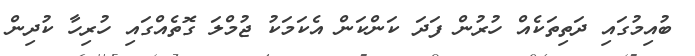
ބުއިމުގައި ދަތިތަކެއް ހުރުން ފަދަ ކަންކަން އެކަމަކު ޖުމްލަ ގޮތެއްގައި ހުރިހާ ކުދިން